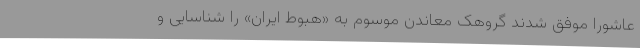
عاشورا موفق شدند گروهک معاندن موسوم به «هبوط ایران» را شناسایی و